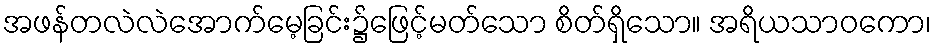
အဖန်တလဲလဲအောက်မေ့ခြင်း၌ဖြေင့်မတ်သော စိတ်ရှိသော။ အရိယသာဝကော၊